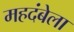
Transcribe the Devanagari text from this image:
महदंबेला